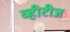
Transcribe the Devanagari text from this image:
व्हीटीज